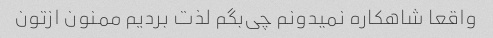
واقعا شاهکاره نمیدونم چی‌بگم لذت بردیم ممنون ازتون